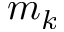
m _ { k }